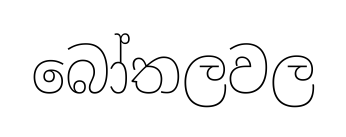
බෝතලවල